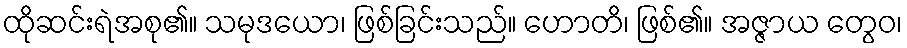
ထိုဆင်းရဲအစု၏။ သမုဒယော၊ ဖြစ်ခြင်းသည်။ ဟောတိ၊ ဖြစ်၏။ အဇ္ဇာယ တွေဝ၊